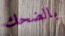
بالضحك